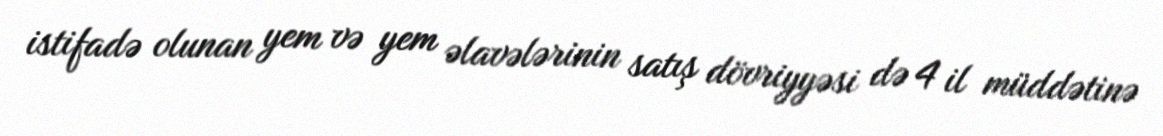
istifadə olunan yem və yem əlavələrinin satış dövriyyəsi də 4 il müddətinə